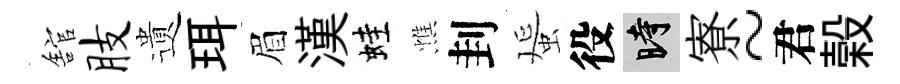
舘肢遺珥眉漢蛙憔刲蜑役时寮~君榖